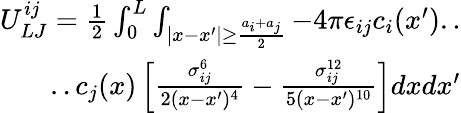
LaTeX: \begin{array}{r}{U_{LJ}^{ij}=\frac{1}{2}\int_{0}^{L}\int_{|x-x^{\prime}|\geq\frac{a_{i}+a_{j}}{2}}-4\pi\epsilon_{ij}c_{i}(x^{\prime})..}\\ {..c_{j}(x)\left[\frac{\sigma_{ij}^{6}}{2(x-x^{\prime})^{4}}-\frac{\sigma_{ij}^{12}}{5(x-x^{\prime})^{10}}\right]dxdx^{\prime}}\end{array}